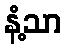
နံ့သာ